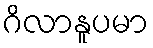
ဂိလာနူပမာ